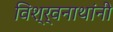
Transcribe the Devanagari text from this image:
विश्र्वनाथांनी